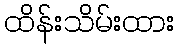
ထိန်းသိမ်းထား